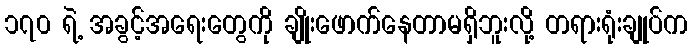
၁၇၀ ရဲ့ အခွင့်အရေးတွေကို ချိုးဖောက်နေတာမရှိဘူးလို့ တရားရုံးချုပ်က